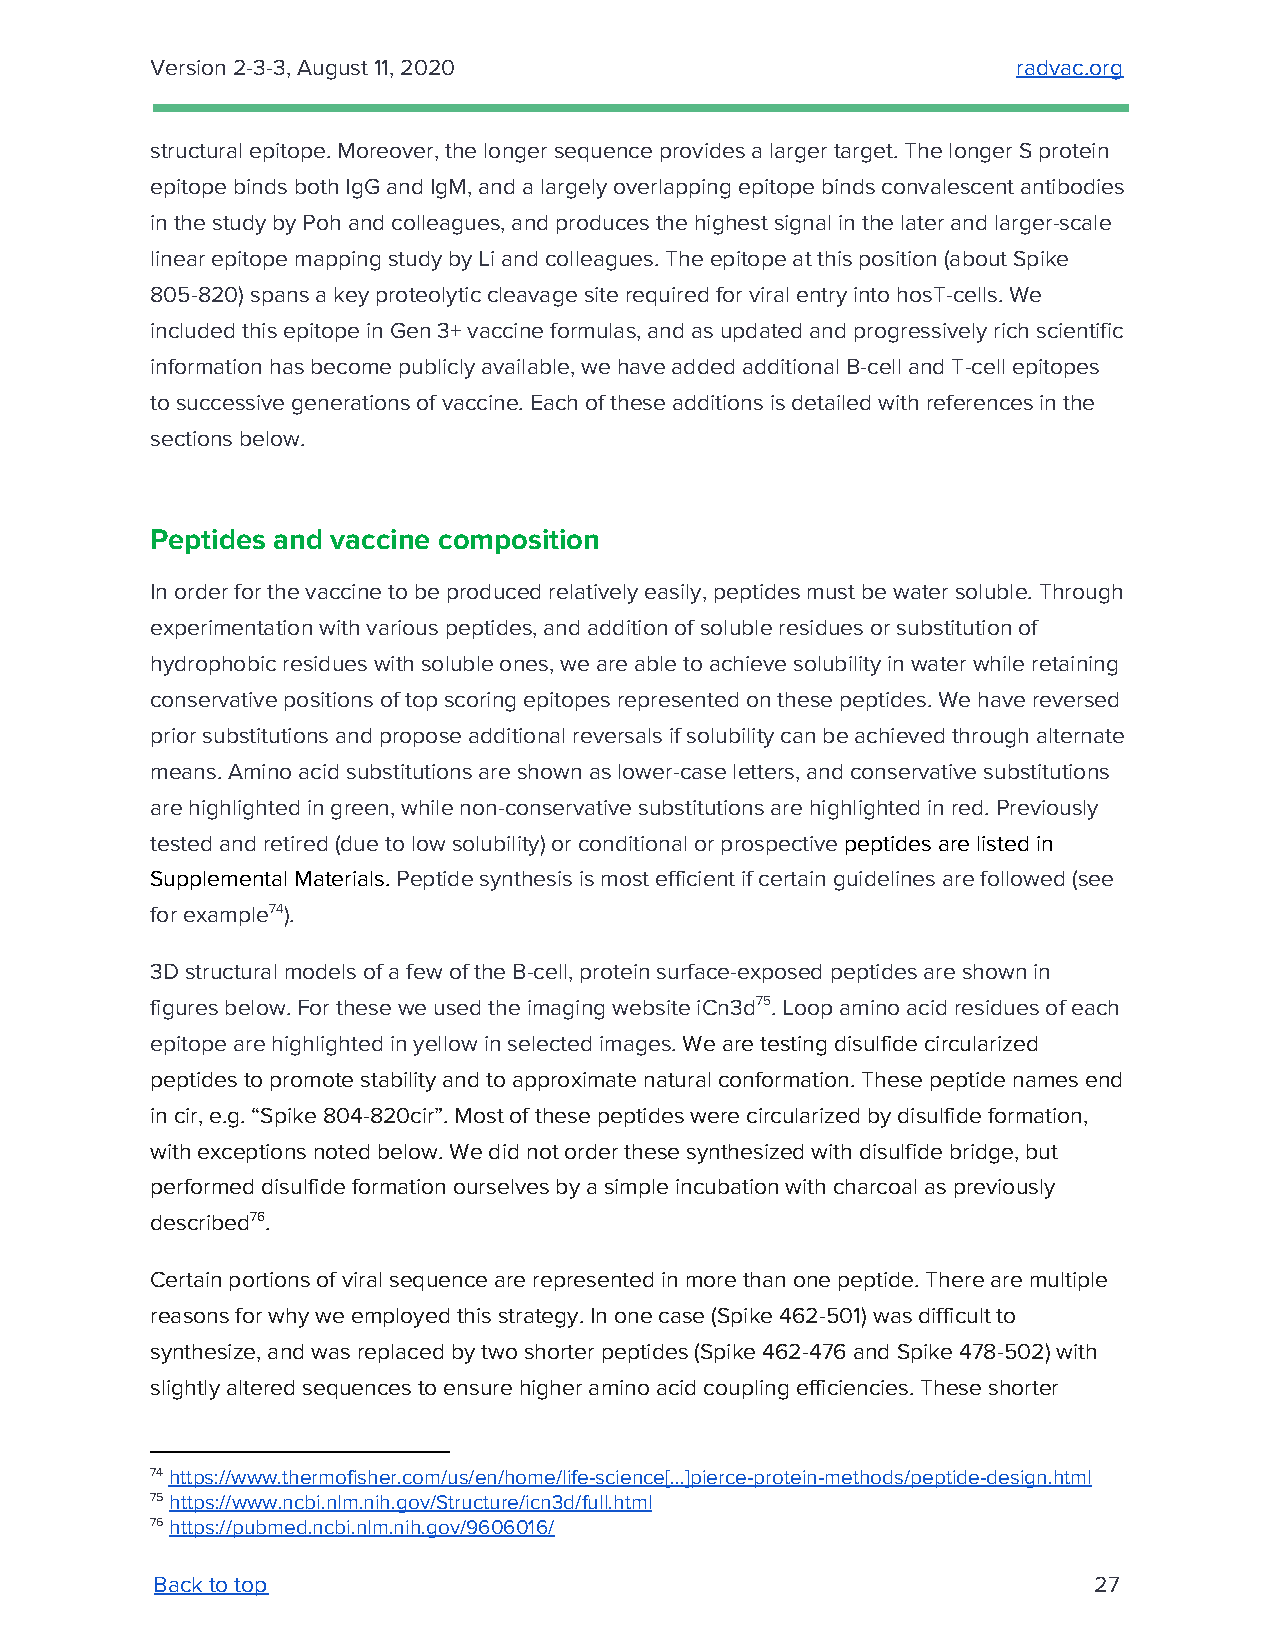
Version 2-3-3, August 11, 2020                           radvac.org
 ​
 structural epitope. Moreover, the longer sequence provides a larger target. The longer S protein
 epitope binds both IgG and IgM, and a largely overlapping epitope binds convalescent antibodies
 in the study by Poh and colleagues, and produces the highest signal in the later and larger-scale
 linear epitope mapping study by Li and colleagues. The epitope at this position (about Spike
 805-820) spans a key proteolytic cleavage site required for viral entry into hosT-cells. We
 included this epitope in Gen 3+ vaccine formulas, and as updated and progressively rich scientific
 information has become publicly available, we have added additional B-cell and T-cell epitopes
 to successive generations of vaccine. Each of these additions is detailed with references in the
 sections below.
 Peptides and vaccine composition
 In order for the vaccine to be produced relatively easily, peptides must be water soluble. Through
 experimentation with various peptides, and addition of soluble residues or substitution of
 hydrophobic residues with soluble ones, we are able to achieve solubility in water while retaining
 conservative positions of top scoring epitopes represented on these peptides. We have reversed
 prior substitutions and propose additional reversals if solubility can be achieved through alternate
 means. Amino acid substitutions are shown as lower-case letters, and conservative substitutions
 are highlighted in green, while non-conservative substitutions are highlighted in red. Previously
 tested and retired (due to low solubility) or conditional or prospective peptides are listed in
 ​
 Supplemental Materials. Peptide synthesis is most efficient if certain guidelines are followed (see
 ​
 for example74).
 3D structural models of a few of the B-cell, protein surface-exposed peptides are shown in
 figures below. For these we used the imaging website iCn3d75. Loop amino acid residues of each
 epitope are highlighted in yellow in selected images. We are testing disulfide circularized
 ​
 peptides to promote stability and to approximate natural conformation. These peptide names end
 in cir, e.g. “Spike 804-820cir”. Most of these peptides were circularized by disulfide formation,
 with exceptions noted below. We did not order these synthesized with disulfide bridge, but
 performed disulfide formation ourselves by a simple incubation with charcoal as previously
 described76.
 Certain portions of viral sequence are represented in more than one peptide. There are multiple
 reasons for why we employed this strategy. In one case (Spike 462-501) was difficult to
 synthesize, and was replaced by two shorter peptides (Spike 462-476 and Spike 478-502) with
 slightly altered sequences to ensure higher amino acid coupling efficiencies. These shorter
 74 https://www.thermofisher.com/us/en/home/life-science[...]pierce-protein-methods/peptide-design.html
 ​
 75 https://www.ncbi.nlm.nih.gov/Structure/icn3d/full.html
 ​
 76 https://pubmed.ncbi.nlm.nih.gov/9606016/
 ​
 Back to top                                                   27